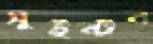
সুইন্টন